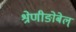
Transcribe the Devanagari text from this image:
श्रेणीङोबेल्